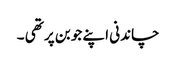
چاندنی اپنے جوبن پر تھی ۔